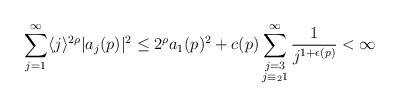
LaTeX: \begin{align*} \sum_{j=1}^\infty \langle j \rangle^{2\rho}\vert a_j(p) \vert^2 \leq 2^\rho a_1(p)^2+c(p) \sum_{\substack{ j = 3\\ j\equiv_2 1 }}^\infty \frac{1}{j^{1+\epsilon(p)}}< \infty \end{align*}